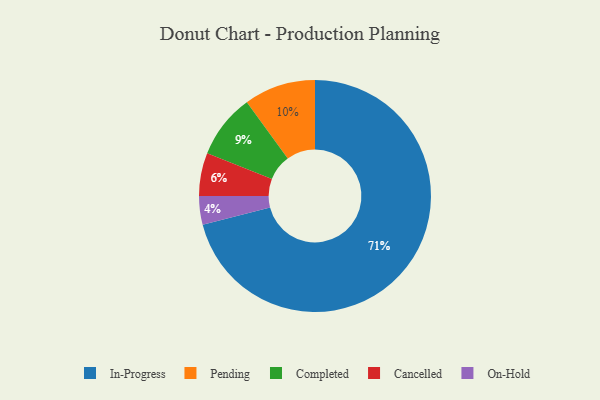
{"axis": {"x": "Category", "y": "Percentage"}, "legend": ["Cancelled", "Completed", "In-Progress", "On-Hold", "Pending"], "data": [{"x": "Cancelled", "y": 6, "type": "Cancelled"}, {"x": "On-Hold", "y": 4, "type": "On-Hold"}, {"x": "Pending", "y": 10, "type": "Pending"}, {"x": "In-Progress", "y": 71, "type": "In-Progress"}, {"x": "Completed", "y": 9, "type": "Completed"}]}